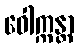
ဝေါက္ကန္တာ